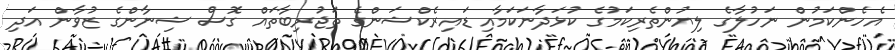
އެހެންކަމުން ނަހުލާގެ ލިޔުންތެރިކަމުގެ ކުޅަދާނަކަމާއި ޑައިރެކްޝަންގެ ތަޖުރިބާތައް ގޮސް ޝިނާންގެ ޒުވާން އަދި